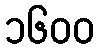
၁၆၀၀